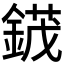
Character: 𬫯